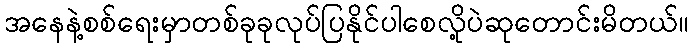
အနေနဲ့စစ်ရေးမှာတစ်ခုခုလုပ်ပြနိုင်ပါစေလို့ပဲဆုတောင်းမိတယ်။